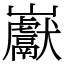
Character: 巚